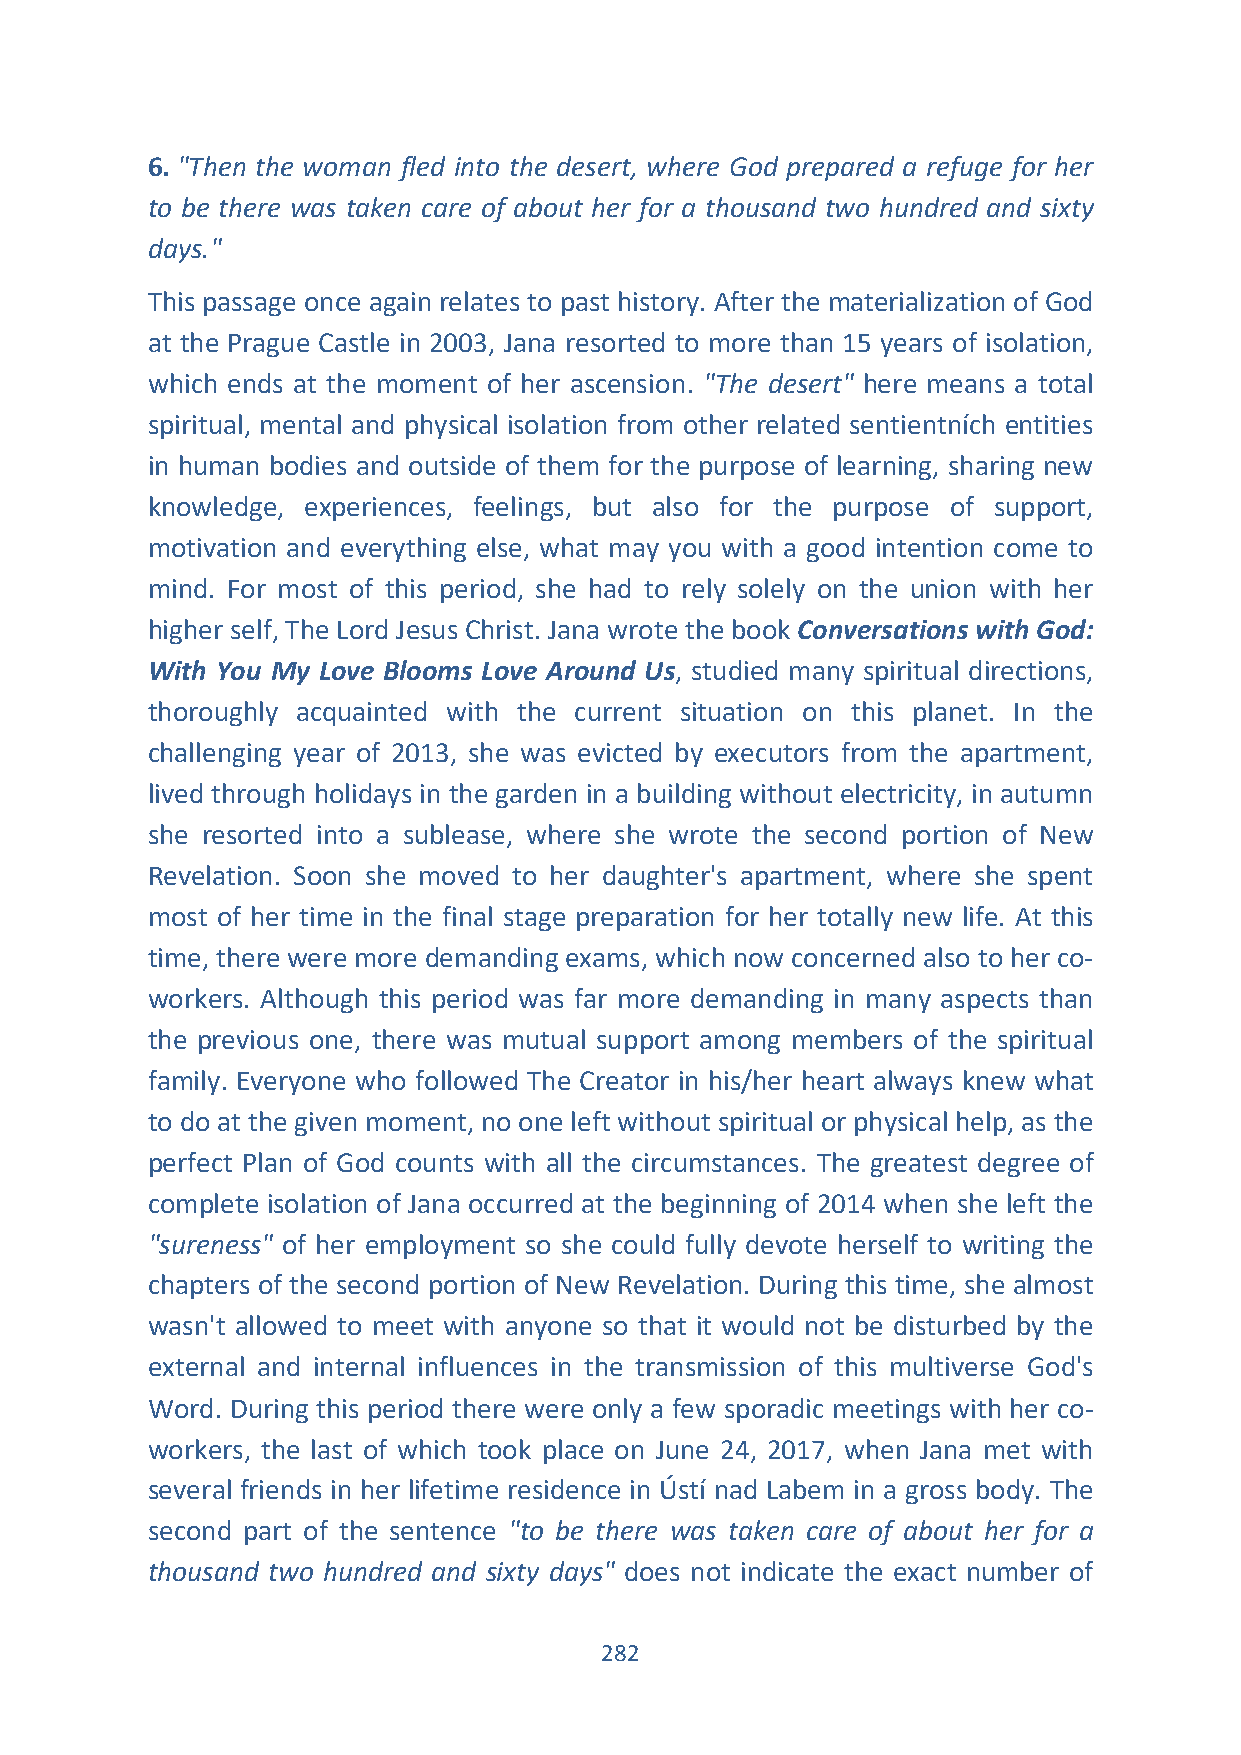
6. "Then the woman fled into the desert, where God prepared a refuge for her
 to be there was taken care of about her for a thousand two hundred and sixty
 days."
 This passage once again relates to past history. After the materialization of God
 at the Prague Castle in 2003, Jana resorted to more than 15 years of isolation,
 which ends at the moment of her ascension. "The desert" here means a total
 spiritual, mental and physical isolation from other related sentientních entities
 in human bodies and outside of them for the purpose of learning, sharing new
 knowledge, experiences, feelings, but also for the purpose of support,
 motivation and everything else, what may you with a good intention come to
 mind. For most of this period, she had to rely solely on the union with her
 higher self, The Lord Jesus Christ. Jana wrote the book Conversations with God:
 With You My Love Blooms Love Around Us, studied many spiritual directions,
 thoroughly acquainted with the current situation on this planet. In the
 challenging year of 2013, she was evicted by executors from the apartment,
 lived through holidays in the garden in a building without electricity, in autumn
 she resorted into a sublease, where she wrote the second portion of New
 Revelation. Soon she moved to her daughter's apartment, where she spent
 most of her time in the final stage preparation for her totally new life. At this
 time, there were more demanding exams, which now concerned also to her co-
 workers. Although this period was far more demanding in many aspects than
 the previous one, there was mutual support among members of the spiritual
 family. Everyone who followed The Creator in his/her heart always knew what
 to do at the given moment, no one left without spiritual or physical help, as the
 perfect Plan of God counts with all the circumstances. The greatest degree of
 complete isolation of Jana occurred at the beginning of 2014 when she left the
 "sureness" of her employment so she could fully devote herself to writing the
 chapters of the second portion of New Revelation. During this time, she almost
 wasn't allowed to meet with anyone so that it would not be disturbed by the
 external and internal influences in the transmission of this multiverse God's
 Word. During this period there were only a few sporadic meetings with her co-
 workers, the last of which took place on June 24, 2017, when Jana met with
 several friends in her lifetime residence in Ústí nad Labem in a gross body. The
 second part of the sentence "to be there was taken care of about her for a
 thousand two hundred and sixty days" does not indicate the exact number of
 282